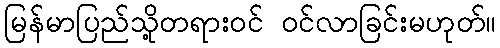
မြန်မာပြည်သို့တရားဝင် ဝင်လာခြင်းမဟုတ်။